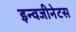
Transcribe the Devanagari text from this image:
इन्वजीनेटस